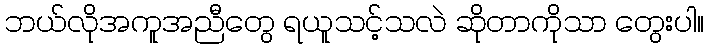
ဘယ်လိုအကူအညီတွေ ရယူသင့်သလဲ ဆိုတာကိုသာ တွေးပါ။